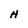
Character: H